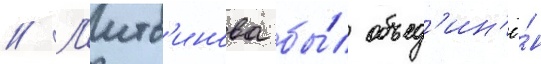
// Л'итв'инова бы́л объед'ин'ё́н